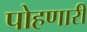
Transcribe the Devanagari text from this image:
पोहणारी